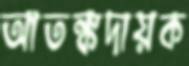
আতঙ্কদায়ক